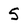
Character: 5